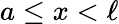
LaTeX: a\leq x<\ell